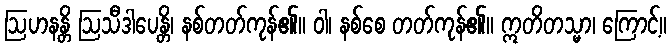
ဩဟနန္တိ ဩသီဒါပေန္တိ၊ နစ်တတ်ကုန်၏။ ဝါ၊ နစ်စေ တတ်ကုန်၏။ ဣတိတသ္မာ၊ ကြောင့်။